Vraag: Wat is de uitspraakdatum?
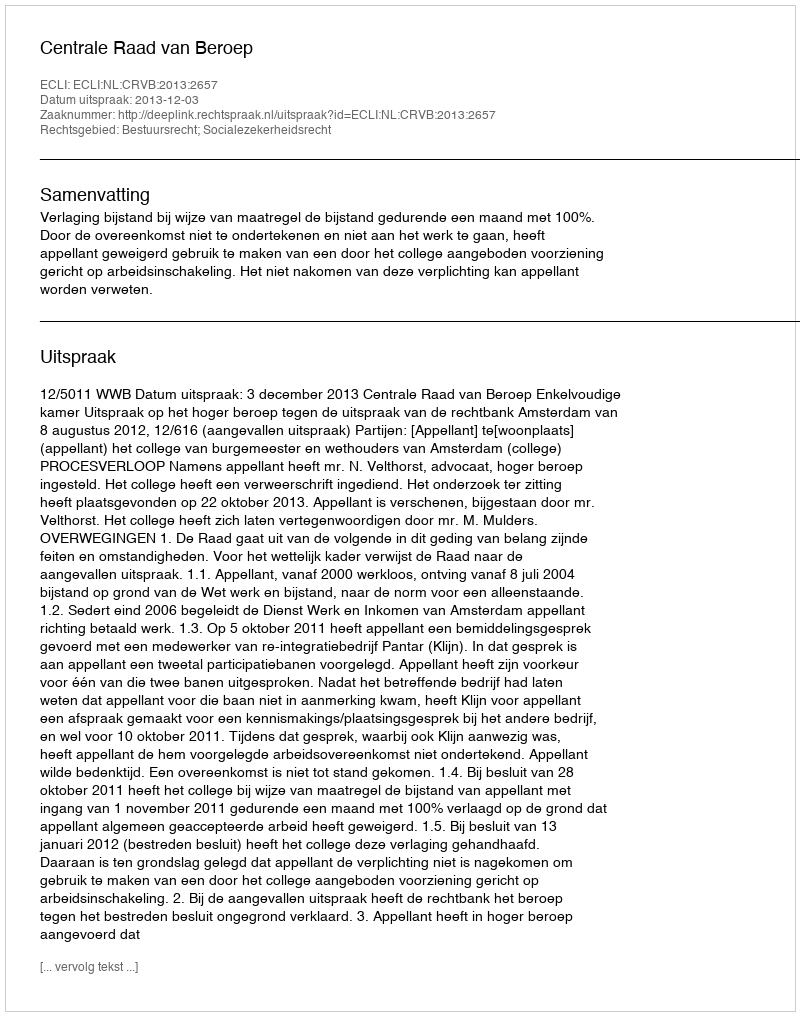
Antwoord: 2013-12-03